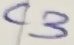
Text: C3